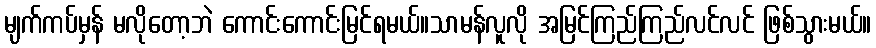
မျက်ကပ်မှန် မလိုတော့ဘဲ ကောင်းကောင်းမြင်ရမယ်။သာမန်လူလို အမြင်ကြည်ကြည်လင်လင် ဖြစ်သွားမယ်။